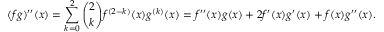
( f g ) ^ { \prime \prime } ( x ) = \sum _ { k = 0 } ^ { 2 } { { \binom { 2 } { k } } f ^ { ( 2 - k ) } ( x ) g ^ { ( k ) } ( x ) } = f ^ { \prime \prime } ( x ) g ( x ) + 2 f ^ { \prime } ( x ) g ^ { \prime } ( x ) + f ( x ) g ^ { \prime \prime } ( x ) .